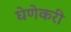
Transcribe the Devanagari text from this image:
घेणेकरी